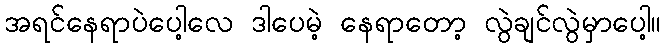
အရင်နေရာပဲပေါ့လေ ဒါပေမဲ့ နေရာတော့ လွဲချင်လွဲမှာပေါ့။